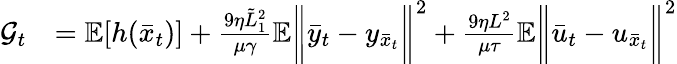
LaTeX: \begin{array}{rl}{\mathcal{G}_{t}}&{=\mathbb{E}[h(\bar{x}_{t})]+\frac{9\eta\tilde{L}_{1}^{2}}{\mu\gamma}\mathbb{E}\bigg\| \bar{y}_{t}-y_{\bar{x}_{t}}\bigg\| ^{2}+\frac{9\eta L^{2}}{\mu\tau}\mathbb{E}\bigg\| \bar{u}_{t}-u_{\bar{x}_{t}}\bigg\| ^{2}}\end{array}